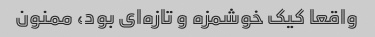
واقعا کیک خوشمزه و تازه‌ای بود، ممنون